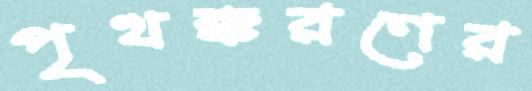
পৃথক্করণের